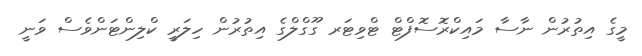
މީގެ އިތުރުން ނާސާ މައިކްރޮސޮފްޓް ޓްވިޓަރ ގޫގްލްގެ އިތުރުން ހިލަރީ ކްލިންޓަންވެސް ވަނީ